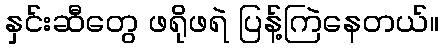
နှင်းဆီတွေ ဖရိုဖရဲ ပြန့်ကြဲနေတယ်။